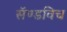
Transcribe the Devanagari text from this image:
सॅण्डविच